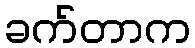
ခက်တာက